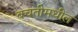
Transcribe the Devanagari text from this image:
बचतीमधील